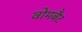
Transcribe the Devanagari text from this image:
वोमबैट